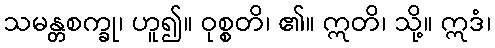
သမန္တစက္ခု၊ ဟူ၍။ ဝုစ္စတိ၊ ၏။ ဣတိ၊ သို့။ ဣဒံ၊